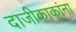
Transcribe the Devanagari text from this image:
दाजीकाकांना